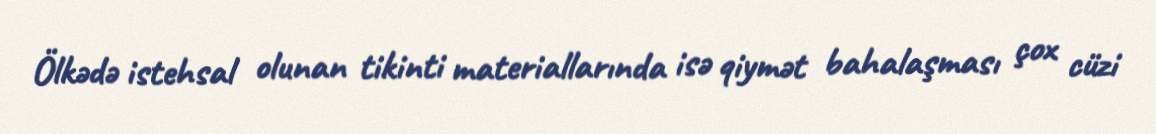
Ölkədə istehsal olunan tikinti materiallarında isə qiymət bahalaşması çox cüzi